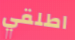
اطلقي